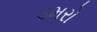
ડમરો